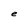
Character: e